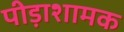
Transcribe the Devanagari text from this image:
पीड़ाशामक